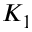
K _ { 1 }